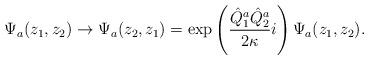
LaTeX: \begin{align*}\Psi_a(z_1,z_2) \rightarrow \Psi_a(z_2,z_1) = \exp\left(\frac{\hat Q^a_1\hat Q^a_2}{2\kappa}i\right) \Psi_a(z_1,z_2).\end{align*}